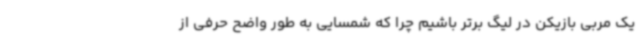
یک مربی بازیکن در لیگ برتر باشیم چرا که شمسایی به طور واضح حرفی از